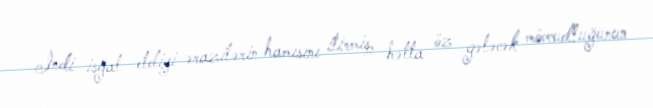
İndi işğal etdiyi ərazilərin hamısını itirmiş, hətta öz gələcək mövcudluğunun